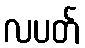
လပတ်